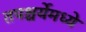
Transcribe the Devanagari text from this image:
तपश्चर्येमध्ये